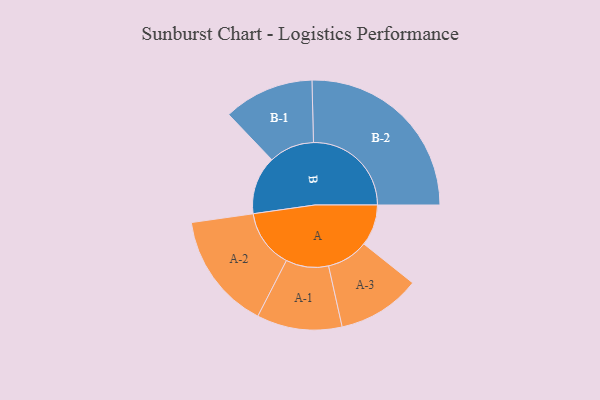
{"axis": {"x": "Segment", "y": "Value"}, "legend": ["", "A", "B"], "data": [{"x": "A", "y": 124, "type": ""}, {"x": "B", "y": 175, "type": ""}, {"x": "A-1", "y": 128, "type": "A"}, {"x": "A-2", "y": 176, "type": "A"}, {"x": "A-3", "y": 125, "type": "A"}, {"x": "B-1", "y": 136, "type": "B"}, {"x": "B-2", "y": 294, "type": "B"}]}